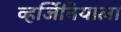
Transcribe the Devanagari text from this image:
व्हर्जिनियाला